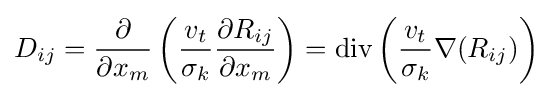
D_{ij}={\frac {\partial }{\partial x_{m}}}\left({\frac {v_{t}}{\sigma _{k}}}{\frac {\partial R_{ij}}{\partial x_{m}}}\right)=\operatorname {div} \left({\frac {v_{t}}{\sigma _{k}}}\nabla (R_{ij})\right)